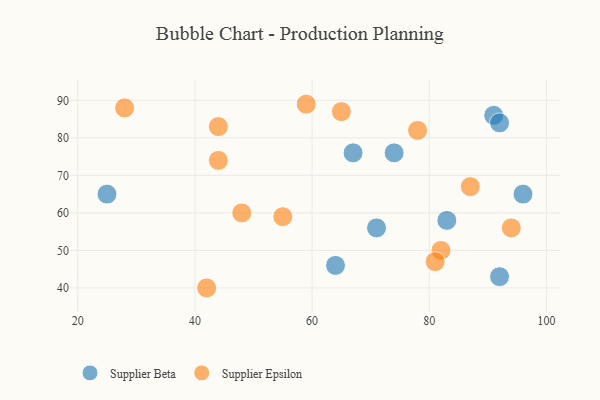
{"axis": {"x": "GDP", "y": "Life Expectancy"}, "legend": ["Supplier Beta", "Supplier Epsilon"], "data": [{"x": "91", "y": 86, "type": "Supplier Beta"}, {"x": "74", "y": 76, "type": "Supplier Beta"}, {"x": "25", "y": 65, "type": "Supplier Beta"}, {"x": "92", "y": 43, "type": "Supplier Beta"}, {"x": "67", "y": 76, "type": "Supplier Beta"}, {"x": "96", "y": 65, "type": "Supplier Beta"}, {"x": "71", "y": 56, "type": "Supplier Beta"}, {"x": "83", "y": 58, "type": "Supplier Beta"}, {"x": "64", "y": 46, "type": "Supplier Beta"}, {"x": "92", "y": 84, "type": "Supplier Beta"}, {"x": "42", "y": 40, "type": "Supplier Epsilon"}, {"x": "82", "y": 50, "type": "Supplier Epsilon"}, {"x": "55", "y": 59, "type": "Supplier Epsilon"}, {"x": "65", "y": 87, "type": "Supplier Epsilon"}, {"x": "44", "y": 83, "type": "Supplier Epsilon"}, {"x": "78", "y": 82, "type": "Supplier Epsilon"}, {"x": "28", "y": 88, "type": "Supplier Epsilon"}, {"x": "81", "y": 47, "type": "Supplier Epsilon"}, {"x": "59", "y": 89, "type": "Supplier Epsilon"}, {"x": "94", "y": 56, "type": "Supplier Epsilon"}, {"x": "87", "y": 67, "type": "Supplier Epsilon"}, {"x": "48", "y": 60, "type": "Supplier Epsilon"}, {"x": "44", "y": 74, "type": "Supplier Epsilon"}]}